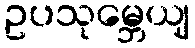
ဥပသုမ္ဘေယျ